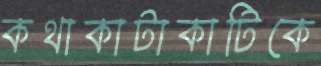
কথাকাটাকাটিকে